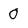
Character: 0